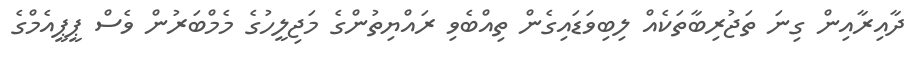
ދާއިރާއިން ގިނަ ތަޖުރިބާތަކެއް ލިބިވަޑައިގެން ތިއްބެވި ރައްޔިތުންގެ މަޖިލީހުގެ މެމްބަރުން ވެސް ޕީޕީއެމްގެ